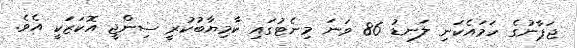
ޖަޕާނުގެ ހަމައެކަނި ލަނޑު 86 ވަނަ މިނެޓުގައި ކާމިޔާބުކުރީ ސިންޖީ އޮކަޒަކީ އެވެ.